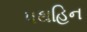
પથહિન